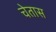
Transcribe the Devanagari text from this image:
चेतास